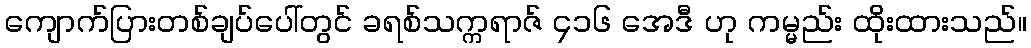
ကျောက်ပြားတစ်ချပ်ပေါ်တွင် ခရစ်သက္ကရာဇ် ၄၁၆ အေဒီ ဟု ကမ္မည်း ထိုးထားသည်။